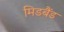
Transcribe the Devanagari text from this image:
मिडबैंड